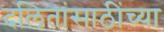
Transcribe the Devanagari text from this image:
दलितांसाठींच्या